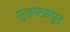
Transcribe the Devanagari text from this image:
मुज़फ़्फ़पुर